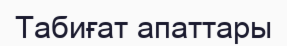
Табиғат апаттары